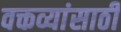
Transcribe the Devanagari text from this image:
वक्तव्यांसाठी